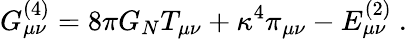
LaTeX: G_{\mu\nu}^{(4)}=8\pi G_{N}T_{\mu\nu}+\kappa^{4}\pi_{\mu\nu}-E_{\mu\nu}^{(2)}\ .